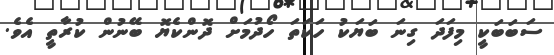
ސަބަބަކީ މިފަދަ ގިނަ ބަޔަކު ހަކަތަ ހޯދުމަށް ދޮންކެޔޮ ބޭނުން ކުރާތީ އެވެ.